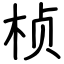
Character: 桢